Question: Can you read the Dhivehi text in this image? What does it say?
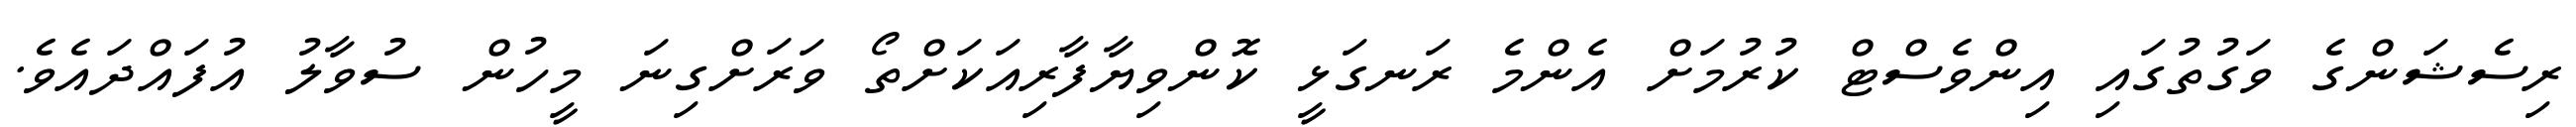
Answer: ރިސެޝަންގެ ވަގުތުގައި އިންވެސްޓް ކުރުމަށް އެންމެ ރަނގަޅީ ކޮންވިޔާފާރިއަކަށްތޯ ވަރަށްގިނަ މީހުން ސުވާލު އުފައްދައެވެ.